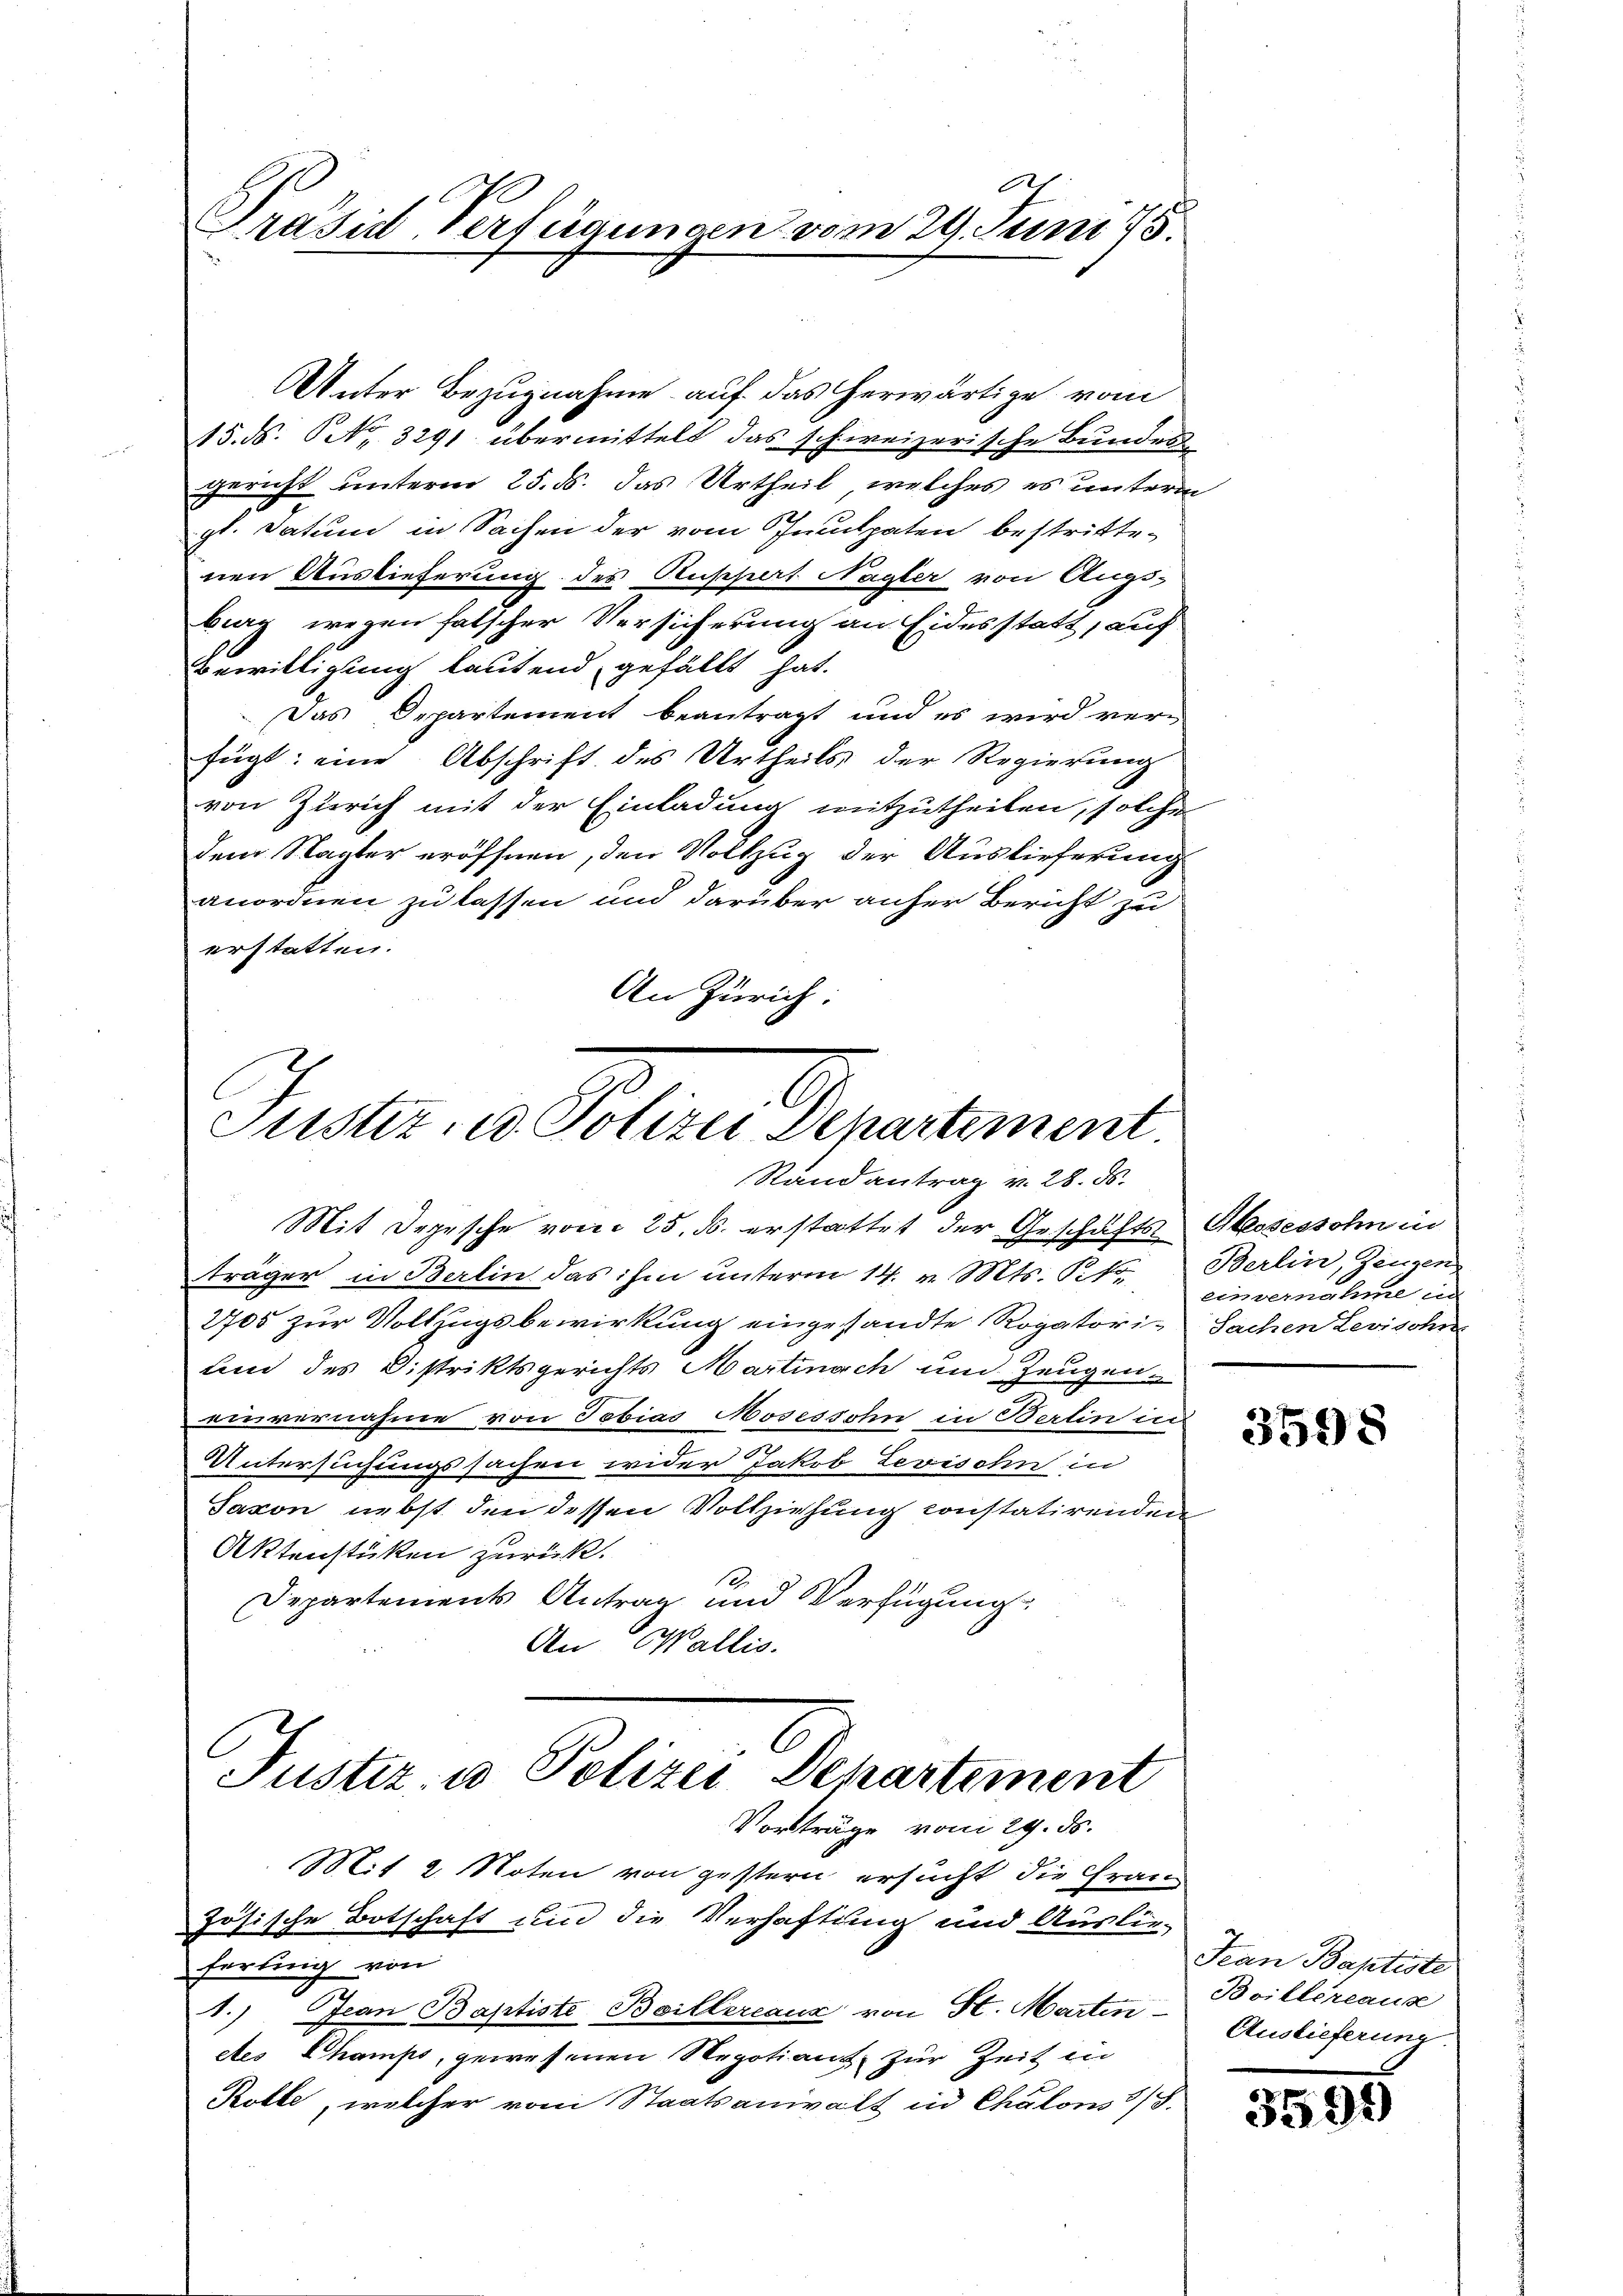
Präsid Verfügungen vom 29. Juni 18

Unter Bezugnahme auf das herwärtige vom
15. d. No. 3291 übermittelt das schweizerische Bunden
gericht unterm 25. ds. das Urtheil, welches es unterm
gl. Datum in Sachen der vom Innpaten bestrittenen Auslieferung des Ruppert Nagler von Augs-
burg wegen falscher Versicherung an Eidesstatt, auf
Bewilligung lautend, gefällt hat.
Das Departement beantragt und es wird ver-
fügt: eine Abschrift des Urtheils der Regierung
von Zürich mit der Einladung mitzutheilen, solche
dem Sagter eröffnen, den Vollzug der Auslieferung
anordnen zu lassen und darüber anher Bericht zu
erstatten.
An Zürich:

Juster in Polerer Departement.
Randantrag v. 28. ds.

Mit Depesche vom 25. ds. erstattet der Geschäftsträger in Berlin das ihm unterm 14. v. Mts. P. fo
2705 zur Vollzugsbewirkung eingesandte Rogatori¬
und des Distriktsgerichts Martinach um Zeugeneinvernahme von Tobias Mosessohn in Berlin in
Untersuchungssachen wider Jakob Levisohn in
Saxon nebst den dessen Vollziehung constatirenden
Aktenstüken zurück.
Departements Antrag und Verfügung
An Wallis.

Fuster u. Polizei Departement
Vorträge vom 29. ds.

Mit 2. Noten von gestern ersucht die Frauen
zösische Botschaft und die Verhaftung und Auslie-
fertig von
1.) Jean Baptiste Boillereaux von St. Martin Boilléreaus
etes Champs, gewesenen Regotiant, zur Zeit in
Rolle, welcher vom Staatsanwalt in Chalons 1/3.

Hessessohn in
Berlin, Zeugen
einvernahme in
Sachen Levisohn

3598

Jean Baptiste
Auslieferung

3995